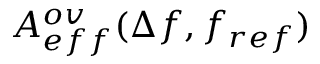
A _ { e f f } ^ { o v } ( \Delta f , f _ { r e f } )